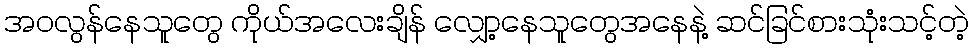
အဝလွန်နေသူတွေ ကိုယ်အလေးချိန် လျှော့နေသူတွေအနေနဲ့ ဆင်ခြင်စားသုံးသင့်တဲ့